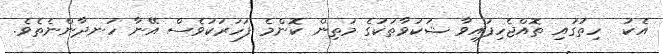
އެކު  ހިތުގައި ތޮއްޖެހިފައިވާ ޝަކުވާތަކުގެ މަތިން ކޮންމެ ފަހަރަކުވެސް އޭނާ ހަނދާންނެތެވެ.